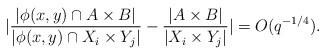
LaTeX: \begin{align*}|\frac{|\phi(x, y) \cap A \times B|}{|\phi(x, y) \cap X_i \times Y_j|} - \frac{|A \times B|}{|X_i \times Y_j|}| = O(q^{-1/4}).\end{align*}